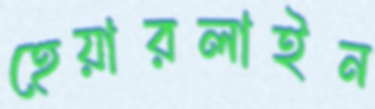
হেয়ারলাইন